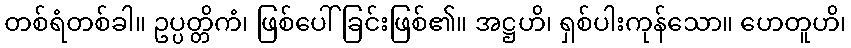
တစ်ရံတစ်ခါ။ ဥပ္ပတ္တိကံ၊ ဖြစ်ပေါ်ခြင်းဖြစ်၏။ အဋ္ဌဟိ၊ ရှစ်ပါးကုန်သော။ ဟေတူဟိ၊